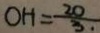
O H = \frac { 2 0 } { 3 . }